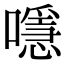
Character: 𡁋